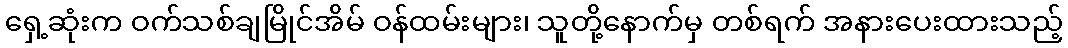
ရှေ့ဆုံးက ဝက်သစ်ချမြိုင်အိမ် ဝန်ထမ်းများ၊ သူတို့နောက်မှ တစ်ရက် အနားပေးထားသည့်